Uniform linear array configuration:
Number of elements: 16
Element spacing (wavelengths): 0.75
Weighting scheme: exponential
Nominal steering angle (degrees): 30
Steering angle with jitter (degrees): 31.467
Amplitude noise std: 0.05
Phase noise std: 0.05

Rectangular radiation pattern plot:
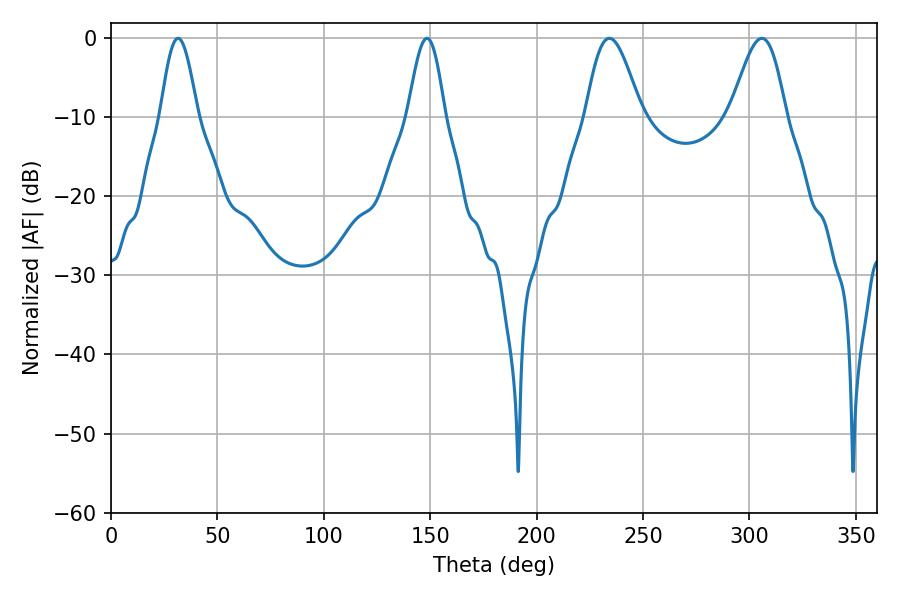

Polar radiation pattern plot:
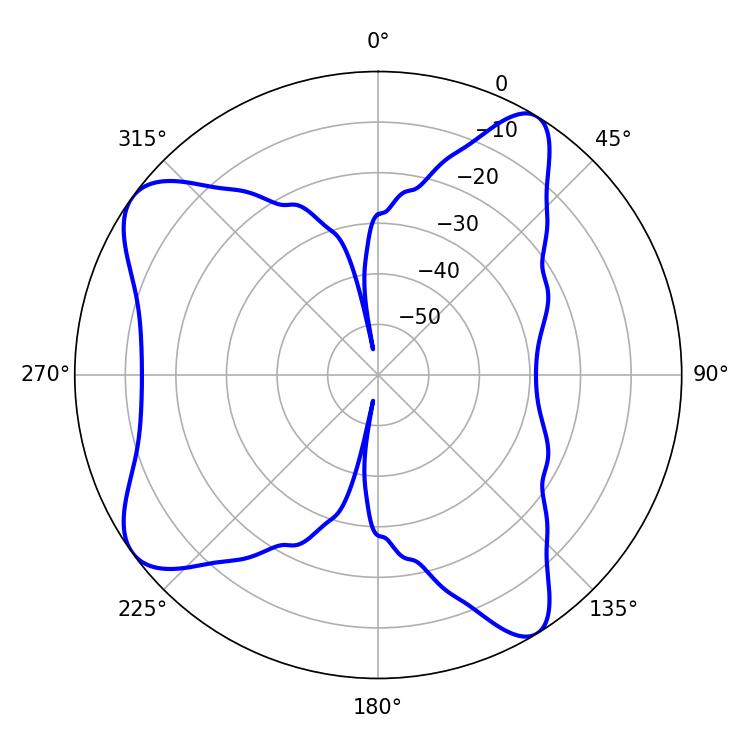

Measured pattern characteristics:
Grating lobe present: TRUE
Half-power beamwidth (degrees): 9.36
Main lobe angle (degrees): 31.5